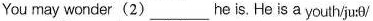
You may wonder(2) ___ he is. He is a youth/ju:/